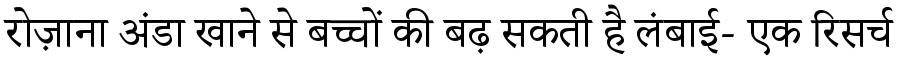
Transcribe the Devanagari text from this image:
रोज़ाना अंडा खाने से बच्चों की बढ़ सकती है लंबाई- एक रिसर्च